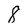
Character: 8